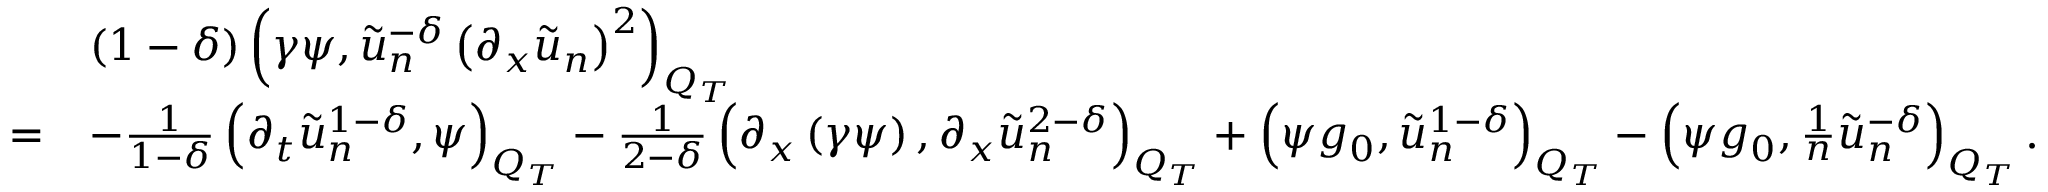
\begin{array} { r l } & { \left( 1 - \delta \right) \left( \gamma \psi , \tilde { u } _ { n } ^ { - \delta } \left( \partial _ { x } \tilde { u } _ { n } \right) ^ { 2 } \right) _ { Q _ { T } } } \\ { = } & { - \frac { 1 } { 1 - \delta } \left( \partial _ { t } \tilde { u } _ { n } ^ { 1 - \delta } , \psi \right) _ { Q _ { T } } - \frac { 1 } { 2 - \delta } \left( \partial _ { x } \left( \gamma \psi \right) , \partial _ { x } \tilde { u } _ { n } ^ { 2 - \delta } \right) _ { Q _ { T } } + \left( \psi g _ { 0 } , \tilde { u } _ { n } ^ { 1 - \delta } \right) _ { Q _ { T } } - \left( \psi g _ { 0 } , \frac { 1 } { n } \tilde { u } _ { n } ^ { - \delta } \right) _ { Q _ { T } } . } \end{array}